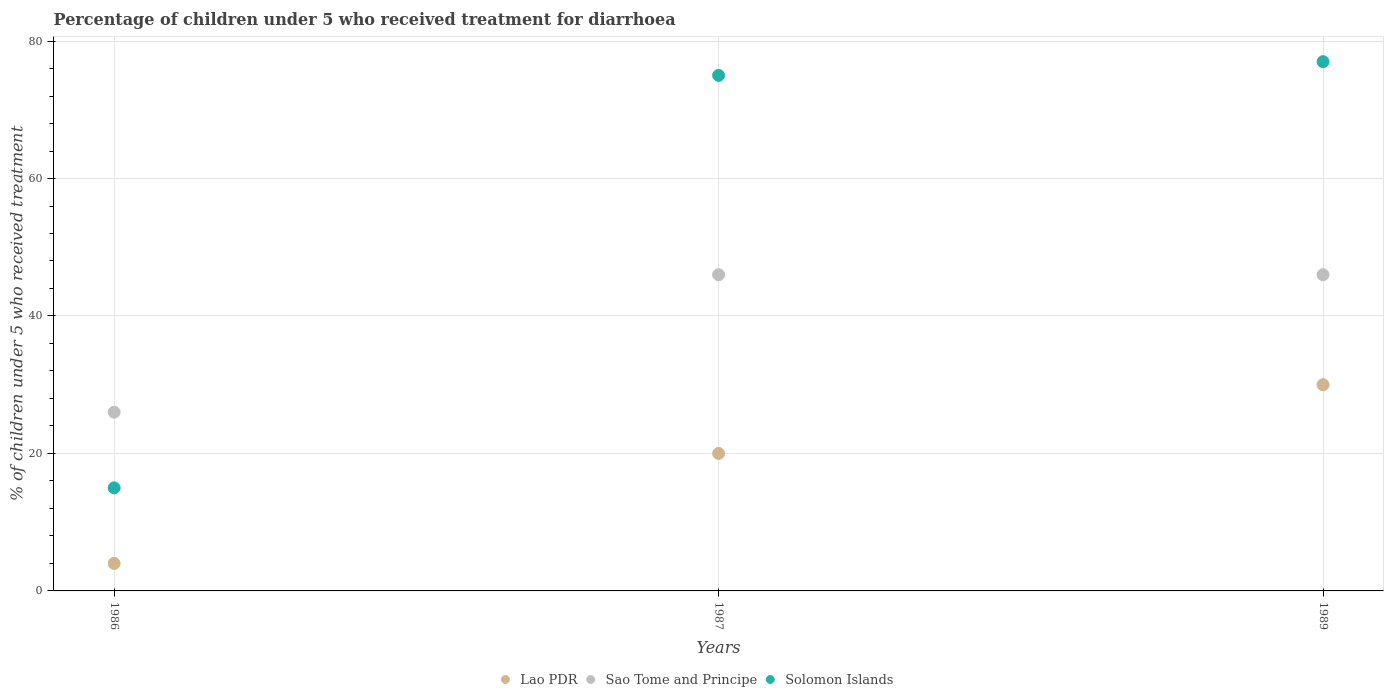
| Years | Lao PDR | Sao Tome and Principe | Solomon Islands |
 | --- | --- | --- | --- |
 | 1986 | 4 | 26 | 15 |
 | 1987 | 20 | 46 | 75 |
 | 1989 | 30 | 46 | 77 |